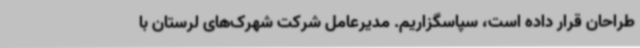
طراحان قرار داده است، سپاسگزاریم. مدیرعامل شرکت شهرک‌های لرستان با